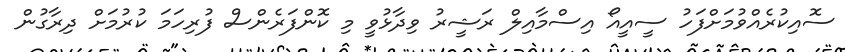
ސޮއިކުރެއްވުމަށްފަހު ސީއީއޯ އިސްމާއިލް ރަޝީރު ވިދާޅުވީ މި ކޮންފަރެންސް ފުރިހަމަ ކުރުމަށް ދިރާގުން